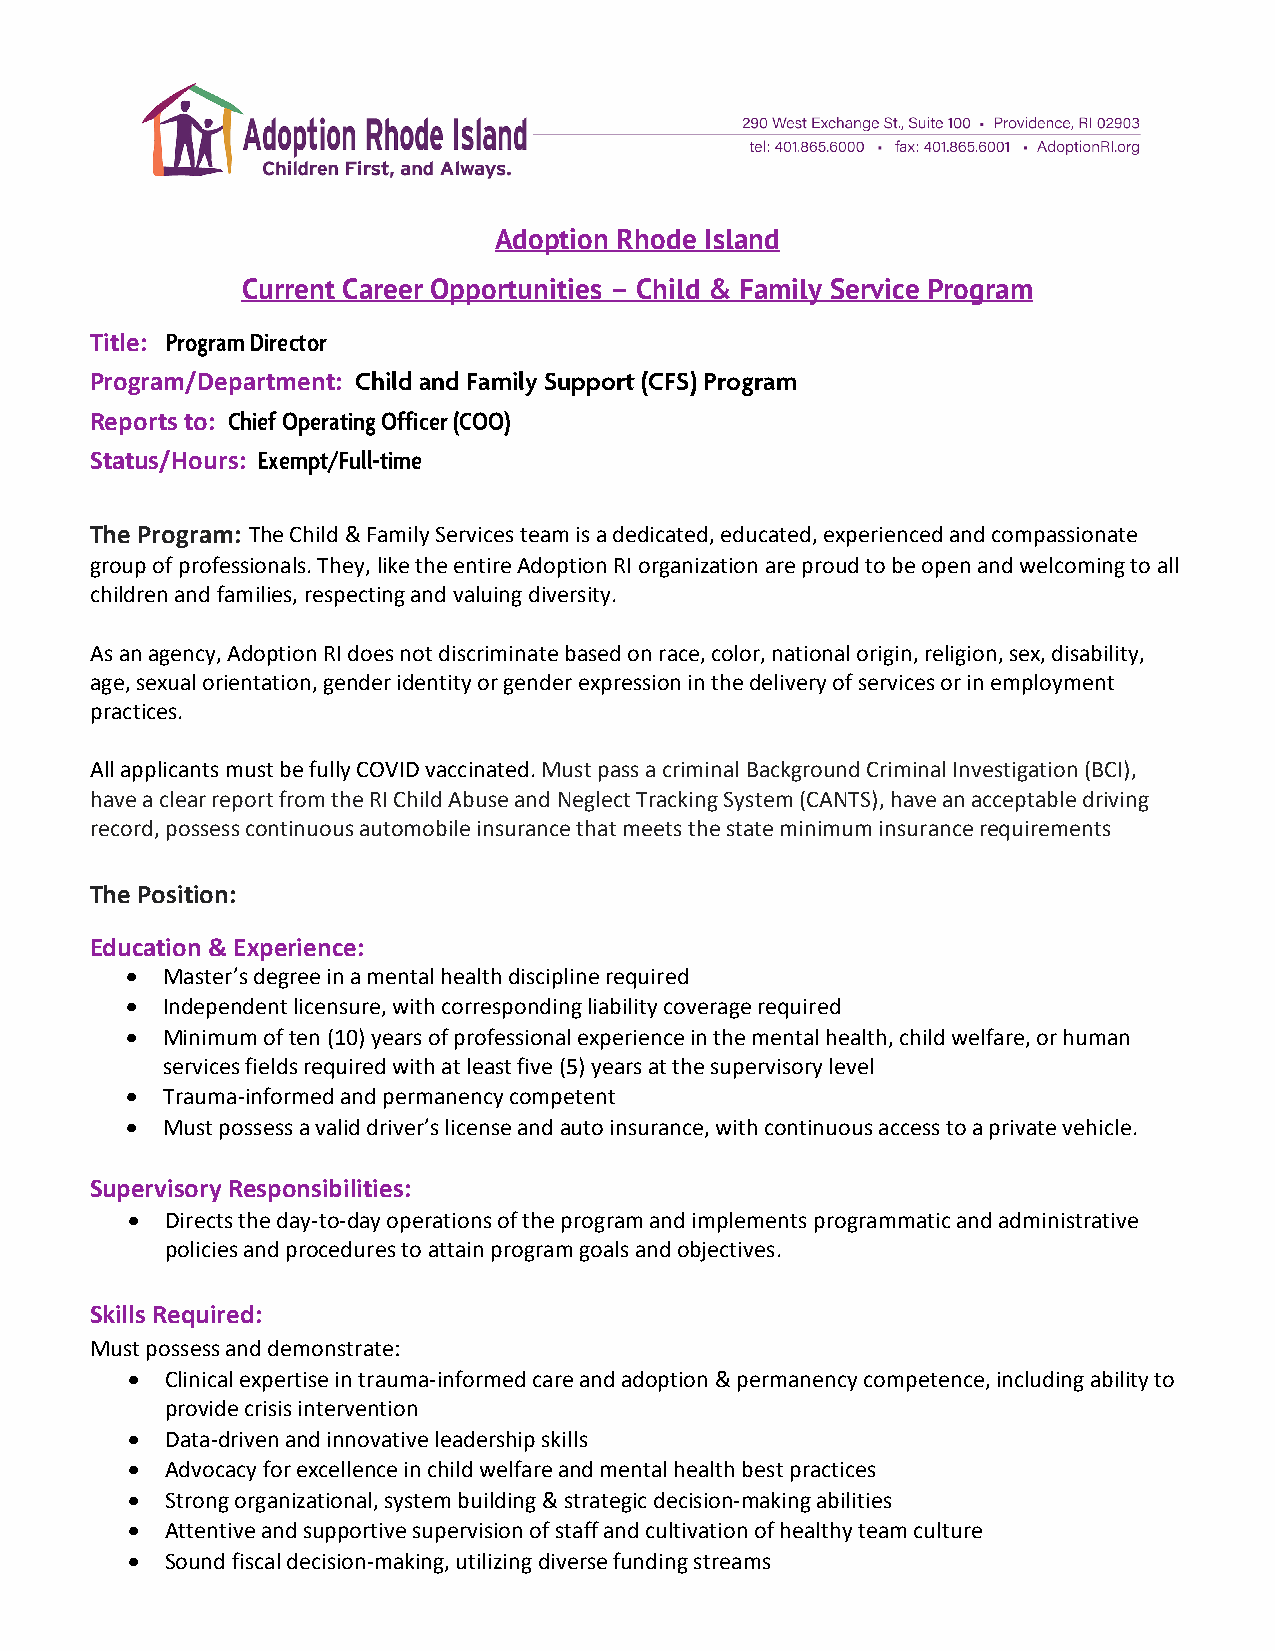
Adoption Rhode Island
 Current Career Opportunities – Child & Family Service Program
 Title: Program Director
 Program/Department: Child and Family Support (CFS) Program
 Reports to: Chief Operating Officer (COO)
 Status/Hours: Exempt/Full-time
 The Program: The Child & Family Services team is a dedicated, educated, experienced and compassionate
 group of professionals. They, like the entire Adoption RI organization are proud to be open and welcoming to all
 children and families, respecting and valuing diversity.
 As an agency, Adoption RI does not discriminate based on race, color, national origin, religion, sex, disability,
 age, sexual orientation, gender identity or gender expression in the delivery of services or in employment
 practices.
 All applicants must be fully COVID vaccinated. Must pass a criminal Background Criminal Investigation (BCI),
 have a clear report from the RI Child Abuse and Neglect Tracking System (CANTS), have an acceptable driving
 record, possess continuous automobile insurance that meets the state minimum insurance requirements
 The Position:
 Education & Experience:
 •  Master’s degree in a mental health discipline required
 •  Independent licensure, with corresponding liability coverage required
 •  Minimum of ten (10) years of professional experience in the mental health, child welfare, or human
 services fields required with at least five (5) years at the supervisory level
 •  Trauma-informed and permanency competent
 •  Must possess a valid driver’s license and auto insurance, with continuous access to a private vehicle.
 Supervisory Responsibilities:
 •  Directs the day-to-day operations of the program and implements programmatic and administrative
 policies and procedures to attain program goals and objectives.
 Skills Required:
 Must possess and demonstrate:
 •  Clinical expertise in trauma-informed care and adoption & permanency competence, including ability to
 provide crisis intervention
 •  Data-driven and innovative leadership skills
 •  Advocacy for excellence in child welfare and mental health best practices
 •  Strong organizational, system building & strategic decision-making abilities
 •  Attentive and supportive supervision of staff and cultivation of healthy team culture
 •  Sound fiscal decision-making, utilizing diverse funding streams